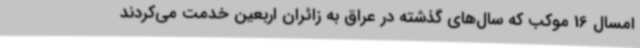
امسال 16 موکب که سال‌های گذشته در عراق به زائران اربعین خدمت می‌کردند